Senior Leaving Certificate Examination (including Day School Certificate (Higher) General paper), 1946
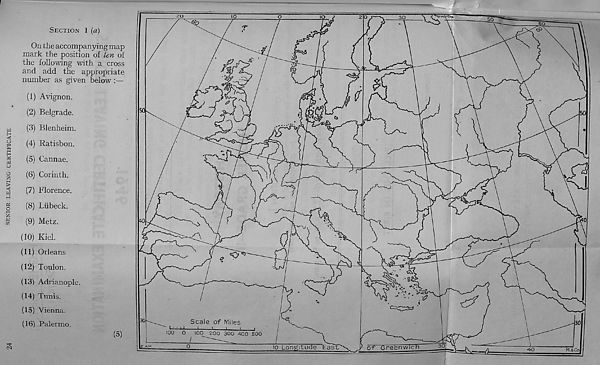
SENIOR LEAVING CERTIFICATE
F-
SECTION 1 (a)
On the accompanying map
mark the position of ten of
the following with a cross
and add the appropriate
number as given below :—
(1) Avignon.
(2) Belgrade.
(3) Blenheim.
(4) Ratisbon.
(5) Cannae.
(6) Corinth.
(7) Florence.
(8) Liibeck.
(9) Metz.
(10) Kiel.
(11) Orleans
(12) Toulon.
(131 Adrianople.
(14) Tunis.
(15) Vienna.
(16) Palermo.
(5)
CM